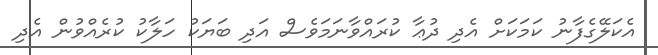
އެކަލޭގެފާނު ކަމަކަށް އެދި ދުޢާ ކުރައްވާނަމަވެސް އަދި ބަޔަކު ހަލާކު ކުރެއްވުން އެދި